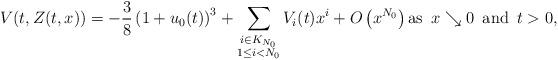
LaTeX: \begin{align*}V(t,Z(t,x)) = - \frac 3 8 \left(1+u_0(t)\right)^3 + \sum_{\substack{i \in K_{N_0}\\ 1 \le i < N_0}} V_i(t) x^i + O\left(x^{N_0}\right) \mbox{as } \, x \searrow 0 \, \mbox{ and } \, t > 0,\end{align*}